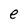
Character: e